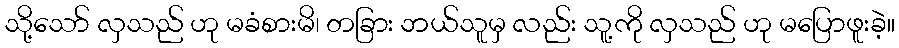
သို့သော် လှသည် ဟု မခံစားမိ၊ တခြား ဘယ်သူမှ လည်း သူ့ကို လှသည် ဟု မပြောဖူးခဲ့။